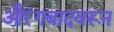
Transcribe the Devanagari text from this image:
औरंगबादवरून